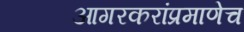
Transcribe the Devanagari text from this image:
आगरकरांप्रमाणेच